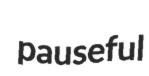
pauseful